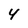
Character: 4